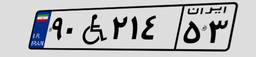
۸۶W۵۵۵۶۴